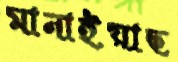
মানাইয়াছ